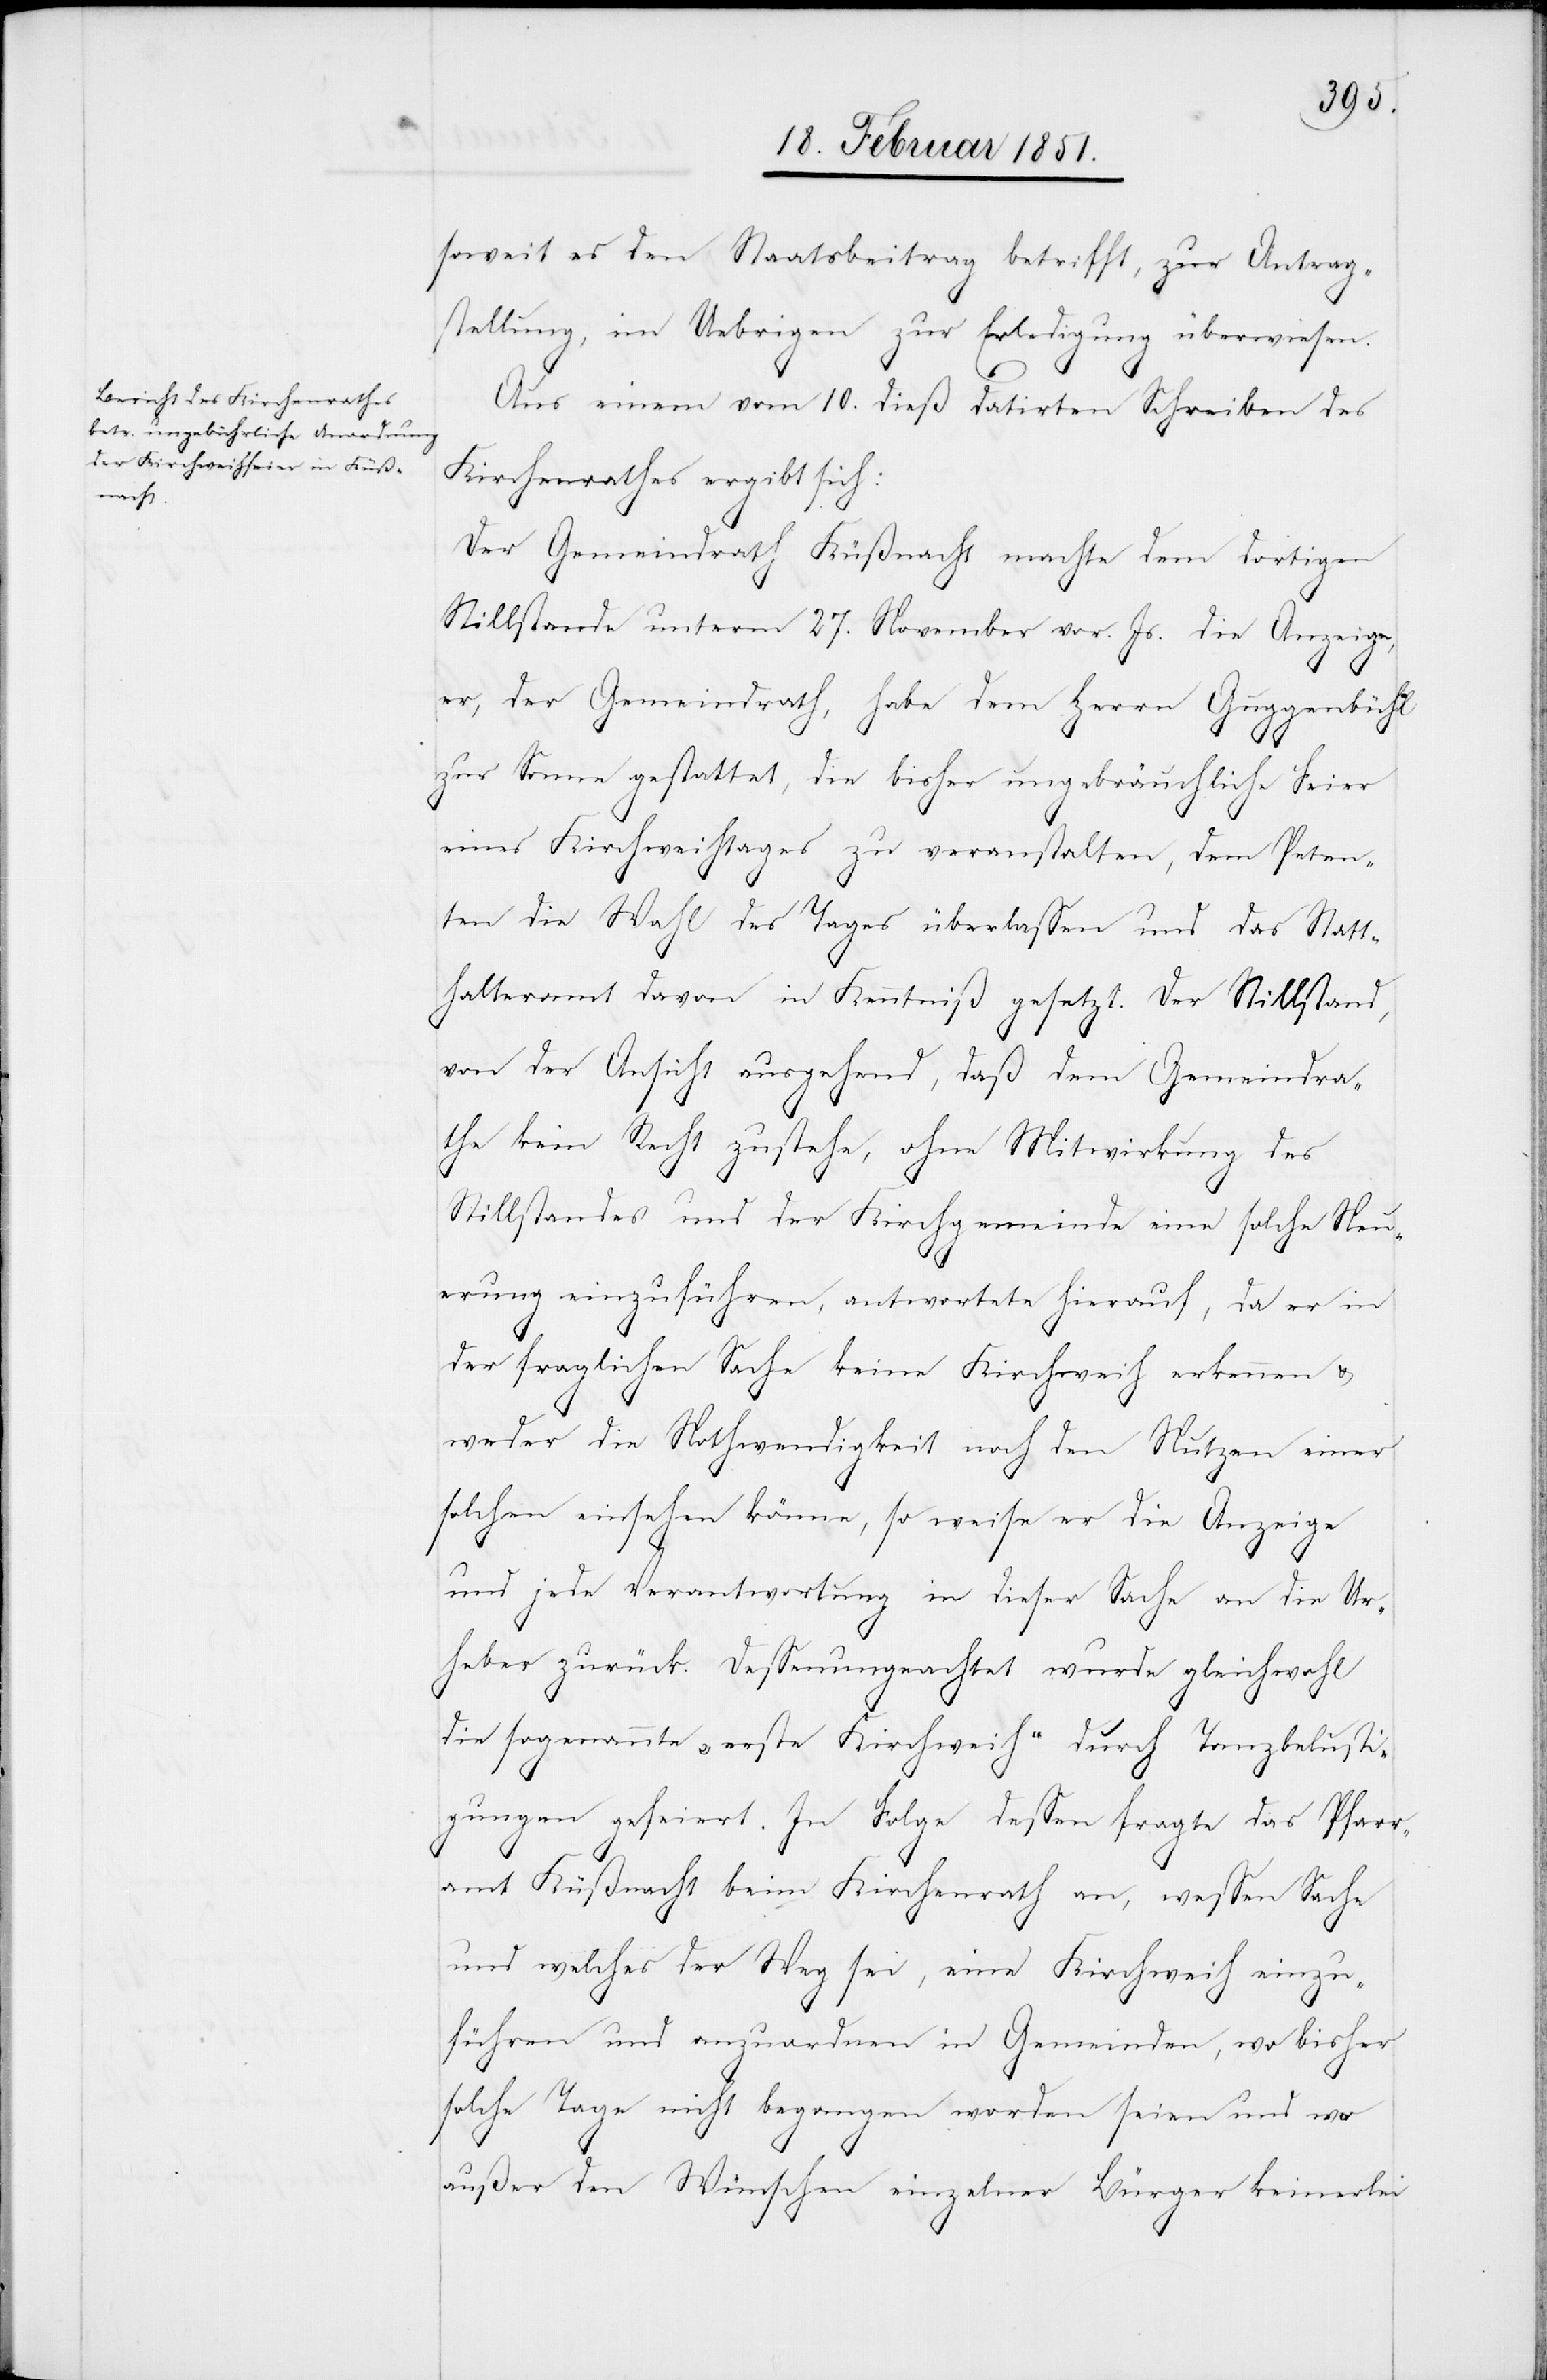
soweit es den Staatsbeitrag betrifft, zur Antrag¬
stellung, im Uebrigen zur Erledigung überwiesen.
Aus einem vom 10. dieß datirten Schreiben des
Kirchenrathes ergibt sich:
Der Gemeindrath Küßnacht machte dem dortigen
Stillstande unterm 27. November vor. Js. die Anzeige,
er, der Gemeindrath, habe dem Herrn Guggenbühl
zur Sonne gestattet, die bisher ungebräuchliche Feier
eines Kirchweihtages zu veranstalten, dem Peten¬
ten die Wahl des Tages überlassen und das Statt¬
halteramt davon in Kenntniß gesetzt. Der Stillstand,
von der Ansicht ausgehend, daß dem Gemeindra¬
the kein Recht zustehe, ohne Mitwirkung des
Stillstandes und der Kirchgemeinde eine solche Neu¬
erung einzuführen, antwortete hierauf, da er in
der fraglichen Sache keine Kirchweih erkennen &
weder die Nothwendigkeit noch den Nutzen einer
solchen einsehen könne, so weise er die Anzeige
und jede Verantwortung in dieser Sache an die Ur¬
heber zurück. Dessenungeachtet wurde gleichwohl
die sogenannte „erste Kirchweih“ durch Tanzbelusti¬
gungen gefeiert. In Folge dessen fragte das Pfarr¬
amt Küßnacht beim Kirchenrath an, wessen Sache
und welches der Weg sei, eine Kirchweih einzu¬
führen und anzuordnen in Gemeinden, wo bisher
solche Tage nicht begangen worden seien und wo
außer den Wünschen einzelner Bürger keinerlei